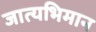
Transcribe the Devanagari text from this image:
जात्यभिमान